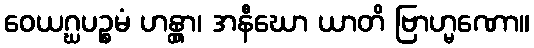
ဝေယဂ္ဃပဉ္စမံ ဟန္တွာ၊ အနီဃော ယာတိ ဗြာဟ္မဏော။